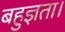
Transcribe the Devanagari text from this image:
बहुज्ञता।